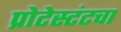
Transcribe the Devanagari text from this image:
प्रोटेस्टंटचा